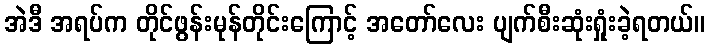
အဲဒီ အရပ်က တိုင်ဖွန်းမုန်တိုင်းကြောင့် အတော်လေး ပျက်စီးဆုံးရှုံးခဲ့ရတယ်။